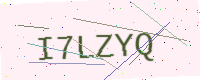
Text: I7LZYQ